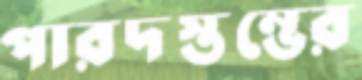
পারদস্তম্ভের